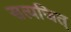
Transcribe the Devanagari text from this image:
सत्यजित्‌